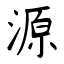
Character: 源